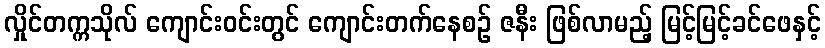
လှိုင်တက္ကသိုလ် ကျောင်းဝင်းတွင် ကျောင်းတက်နေစဉ် ဇနီး ဖြစ်လာမည့် မြင့်မြင့်ခင်ဖေနှင့်